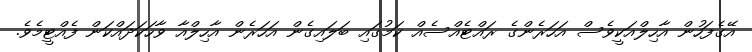
އޭގެފަހުން އާހިލްއަކީވެސް އަހަރެންގެ ރައްޓެއްސެއް ކަމުގައި ބަލައިގެން އަހަރެން އާހިލްއާ ވާހަކަދައްކަން ފެއްޓީމެވެ.